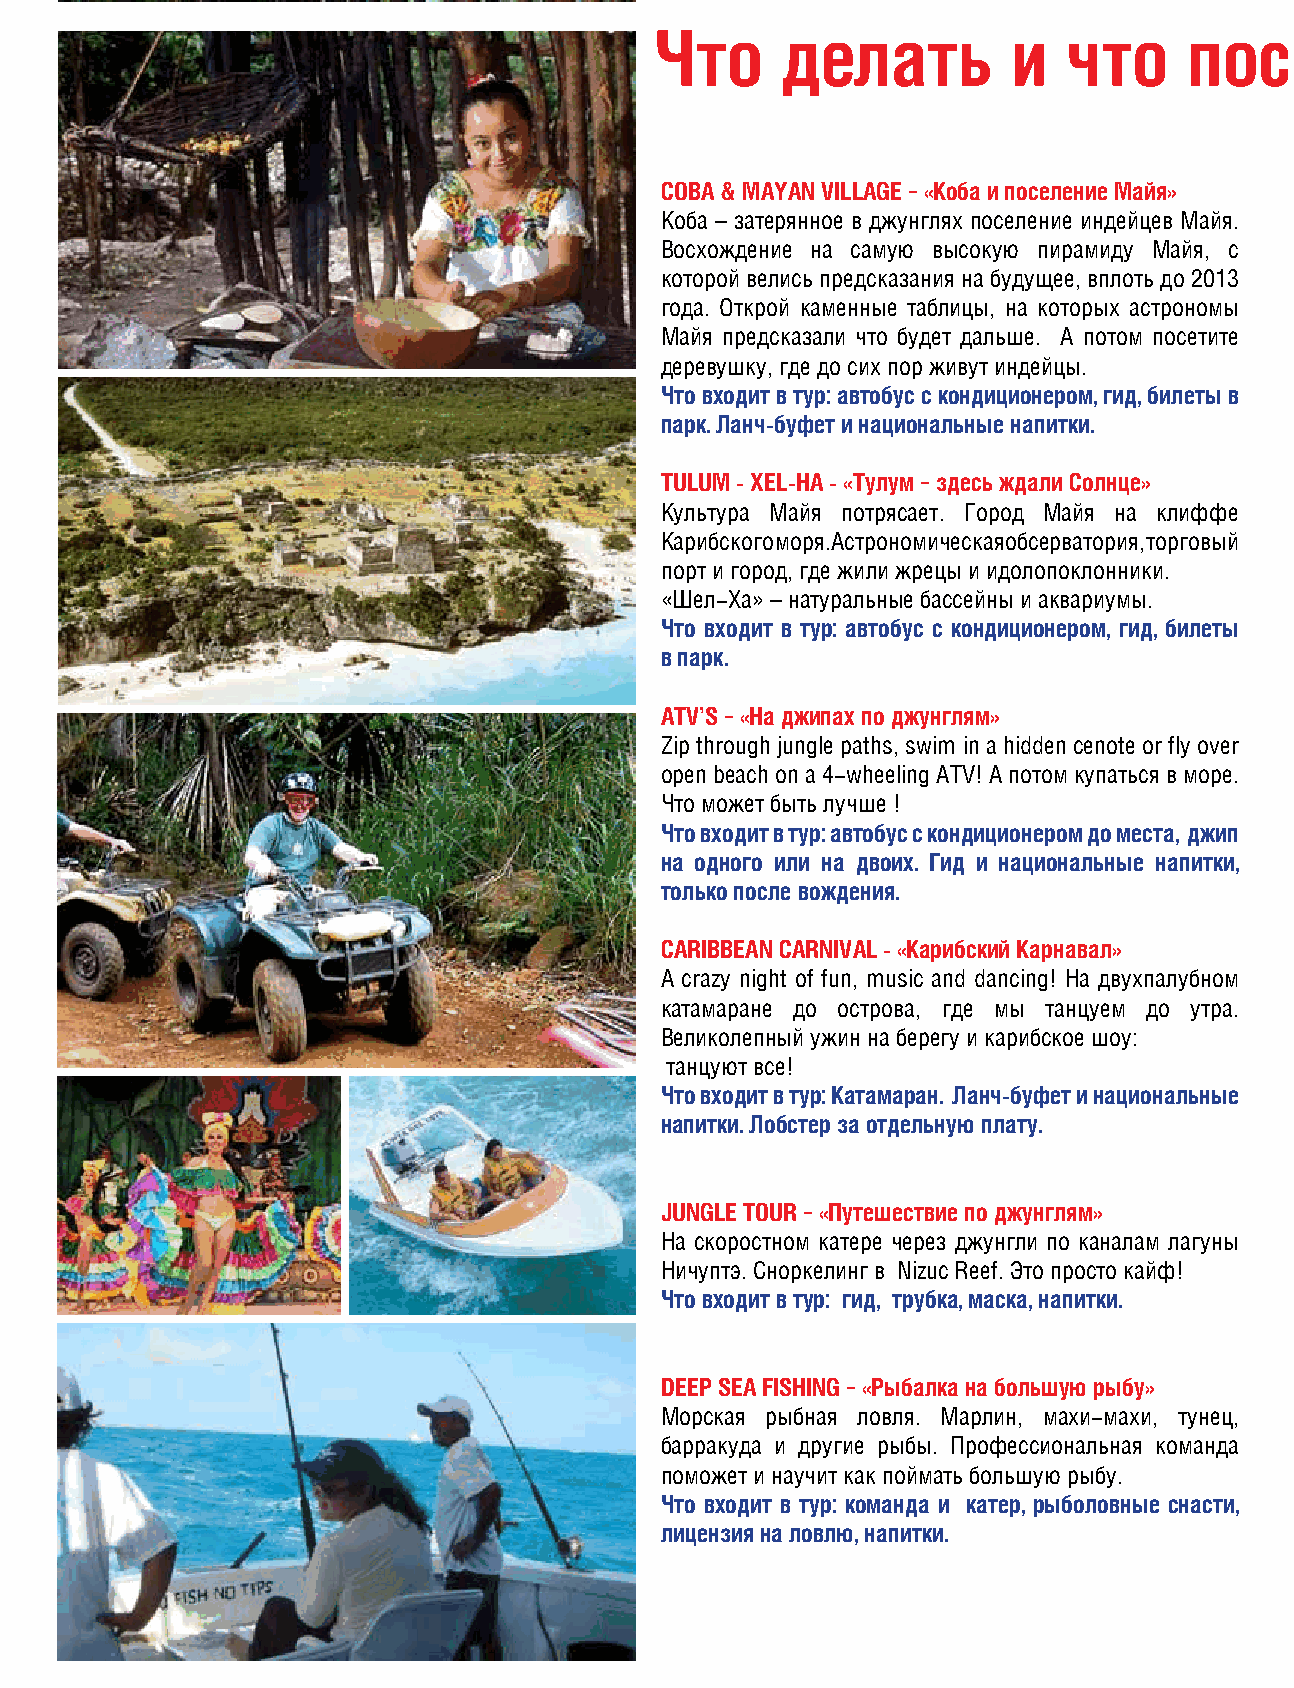
Что      делать         и   что     пос    мотреть           в  Мексике
 COBA & MAYAN VILLAGE – «Коба и поселение Майя»
 Коба – затерянное в джунглях поселение индейцев Майя.
 Восхождение на самую высокую пирамиду Майя, с
 которой велись предсказания на будущее, вплоть до 2013
 года. Открой каменные таблицы, на которых астрономы
 Майя предсказали что будет дальше. А потом посетите
 деревушку, где до сих пор живут индейцы.
 Что входит в тур: автобус с кондиционером, гид, билеты в
 парк. Ланч-буфет и национальные напитки.
 TULUM - XEL-HA - «Тулум – здесь ждали Солнце»
 Культура Майя потрясает. Город Майя на клиффе
 Карибского моря. Астрономическая обсерватория, торговый
 порт и город, где жили жрецы и идолопоклонники.
 «Шел-Ха» – натуральные бассейны и аквариумы.
 Что входит в тур: автобус с кондиционером, гид, билеты
 в парк.
 ATV’S – «На джипах по джунглям»
 Zip through jungle paths, swim in a hidden cenote or fly over
 open beach on a 4-wheeling ATV! А потом купаться в море.
 Что может быть лучше !
 Что входит в тур: автобус с кондиционером до места, джип
 на одного или на двоих. Гид и национальные напитки,
 только после вождения.
 CARIBBEAN CARNIVAL - «Карибский Карнавал»
 A crazy night of fun, music and dancing! На двухпалубном
 катамаране до острова, где мы танцуем до утра.
 Великолепный ужин на берегу и карибское шоу:
 танцуют все!
 Что входит в тур: Катамаран. Ланч-буфет и национальные
 напитки. Лобстер за отдельную плату.
 JUNGLE TOUR – «Путешествие по джунглям»
 На скоростном катере через джунгли по каналам лагуны
 Ничуптэ. Сноркелинг в Nizuc Reef. Это просто кайф!
 Что входит в тур: гид, трубка, маска, напитки.
 DEEP SEA FISHING – «Рыбалка на большую рыбу»
 Морская рыбная ловля. Марлин, махи-махи, тунец,
 барракуда и другие рыбы. Профессиональная команда
 поможет и научит как поймать большую рыбу.
 Что входит в тур: команда и катер, рыболовные снасти,
 лицензия на ловлю, напитки.
 20      MARCH-APRIL 2009